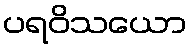
ပရဝိသယော